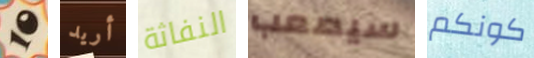
10 أريد النفاثة سيصعب كونكم